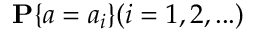
{ \bf { P } } \{ a = { a _ { i } } \} ( i = 1 , 2 , . . . )